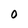
Character: O